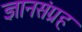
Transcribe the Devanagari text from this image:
ज्ञानसंग्रह